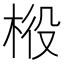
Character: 𣒃